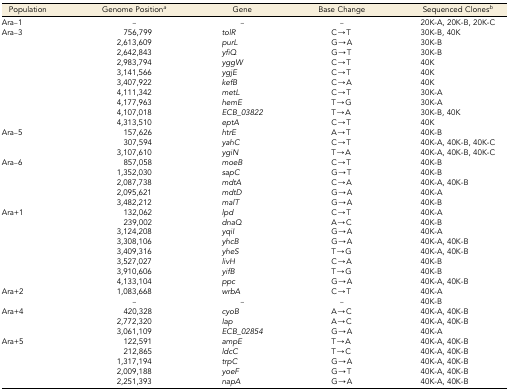
<table><thead><tr><td><b>Population</b></td><td><b>Genome Position<i><sup>a</sup></i></b></td><td><b>Gene</b></td><td><b>Base Change</b></td><td><b>Sequenced Clones<i><sup>b</sup></i></b></td></tr></thead><tbody><tr><td>Ara–1</td><td>–</td><td>–</td><td>–</td><td>20K-A, 20K-B, 20K-C</td></tr><tr><td>Ara–3</td><td>756,799</td><td><i>tolR</i></td><td>C→T</td><td>30K-B, 40K</td></tr><tr><td></td><td>2,613,609</td><td><i>purL</i></td><td>G→A</td><td>30K-B</td></tr><tr><td></td><td>2,642,843</td><td><i>yfiQ</i></td><td>G→T</td><td>30K-B</td></tr><tr><td></td><td>2,983,794</td><td><i>yggW</i></td><td>C→T</td><td>40K</td></tr><tr><td></td><td>3,141,566</td><td><i>ygjE</i></td><td>C→T</td><td>40K</td></tr><tr><td></td><td>3,407,922</td><td><i>kefB</i></td><td>C→A</td><td>40K</td></tr><tr><td></td><td>4,111,342</td><td><i>metL</i></td><td>C→T</td><td>30K-A</td></tr><tr><td></td><td>4,177,963</td><td><i>hemE</i></td><td>T→G</td><td>30K-A</td></tr><tr><td></td><td>4,107,018</td><td><i>ECB_03822</i></td><td>T→A</td><td>30K-B, 40K</td></tr><tr><td></td><td>4,313,510</td><td><i>eptA</i></td><td>C→T</td><td>40K</td></tr><tr><td>Ara–5</td><td>157,626</td><td><i>htrE</i></td><td>A→T</td><td>40K-B</td></tr><tr><td></td><td>307,594</td><td><i>yahC</i></td><td>C→T</td><td>40K-A, 40K-B, 40K-C</td></tr><tr><td></td><td>3,107,610</td><td><i>ygiN</i></td><td>T→A</td><td>40K-A, 40K-B, 40K-C</td></tr><tr><td>Ara–6</td><td>857,058</td><td><i>moeB</i></td><td>C→T</td><td>40K-B</td></tr><tr><td></td><td>1,352,030</td><td><i>sapC</i></td><td>G→T</td><td>40K-B</td></tr><tr><td></td><td>2,087,738</td><td><i>mdtA</i></td><td>C→A</td><td>40K-A, 40K-B</td></tr><tr><td></td><td>2,095,621</td><td><i>mdtD</i></td><td>G→A</td><td>40K-A</td></tr><tr><td></td><td>3,482,212</td><td><i>malT</i></td><td>G→A</td><td>40K-B</td></tr><tr><td>Ara+1</td><td>132,062</td><td><i>lpd</i></td><td>C→T</td><td>40K-A</td></tr><tr><td></td><td>239,002</td><td><i>dnaQ</i></td><td>A→C</td><td>40K-B</td></tr><tr><td></td><td>3,124,208</td><td><i>yqiI</i></td><td>G→A</td><td>40K-A</td></tr><tr><td></td><td>3,308,106</td><td><i>yhcB</i></td><td>G→A</td><td>40K-A, 40K-B</td></tr><tr><td></td><td>3,409,316</td><td><i>yheS</i></td><td>T→G</td><td>40K-A, 40K-B</td></tr><tr><td></td><td>3,527,027</td><td><i>livH</i></td><td>C→A</td><td>40K-B</td></tr><tr><td></td><td>3,910,606</td><td><i>yifB</i></td><td>T→G</td><td>40K-B</td></tr><tr><td></td><td>4,133,104</td><td><i>ppc</i></td><td>G→A</td><td>40K-A, 40K-B</td></tr><tr><td>Ara+2</td><td>1,083,668</td><td><i>wrbA</i></td><td>C→T</td><td>40K-A</td></tr><tr><td></td><td>–</td><td>–</td><td>–</td><td>40K-B</td></tr><tr><td>Ara+4</td><td>420,328</td><td><i>cyoB</i></td><td>A→C</td><td>40K-A, 40K-B</td></tr><tr><td></td><td>2,772,320</td><td><i>Iap</i></td><td>A→C</td><td>40K-A, 40K-B</td></tr><tr><td></td><td>3,061,109</td><td><i>ECB_02854</i></td><td>G→A</td><td>40K-A</td></tr><tr><td>Ara+5</td><td>122,591</td><td><i>ampE</i></td><td>T→A</td><td>40K-A, 40K-B</td></tr><tr><td></td><td>212,865</td><td><i>ldcC</i></td><td>T→C</td><td>40K-A, 40K-B</td></tr><tr><td></td><td>1,317,194</td><td><i>trpC</i></td><td>G→A</td><td>40K-A, 40K-B</td></tr><tr><td></td><td>2,009,188</td><td><i>yoeF</i></td><td>G→T</td><td>40K-A, 40K-B</td></tr><tr><td></td><td>2,251,393</td><td><i>napA</i></td><td>G→A</td><td>40K-A, 40K-B</td></tr></tbody></table>